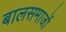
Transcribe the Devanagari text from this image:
बालसमाजों